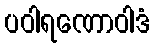
ပဝါရဏောဝါဒံ